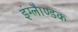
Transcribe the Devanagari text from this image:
इंग्लैाण्डक